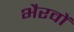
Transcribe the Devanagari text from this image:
भैरवों